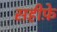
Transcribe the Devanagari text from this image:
सहीफे़